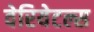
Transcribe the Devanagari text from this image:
वेरियेटल्स